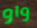
واو